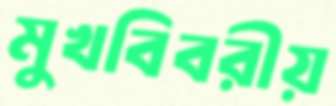
মুখবিবরীয়